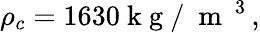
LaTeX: {{\rho}_{c}}=1630\mathrm{~k~g~/~}{{\mathrm{~m~}}^{\mathrm{~3~}}},